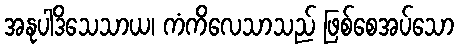
အနုပါဒိသေသာယ၊ ကံကိလေသာသည် ဖြစ်စေအပ်သော